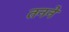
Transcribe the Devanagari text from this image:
तनने